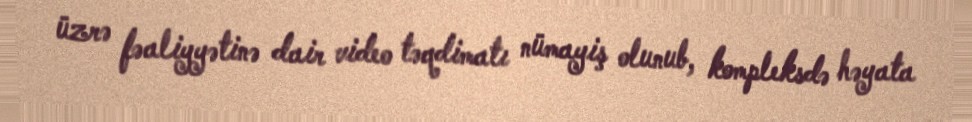
üzrə fəaliyyətinə dair video təqdimatı nümayiş olunub, kompleksdə həyata